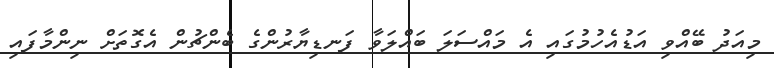
މިއަދު ބޭއްވި އަޑުއެހުމުގައި އެ މައްސަލަ ބައްލަވާ ފަނޑިޔާރުންގެ ބެންޗުން އެގޮތަށް ނިންމާފައި